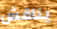
يناقش